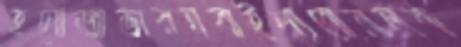
হনোজাভারনবাইল্যবোয়ালক